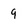
Character: 9